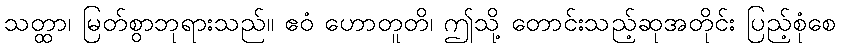
သတ္ထာ၊ မြတ်စွာဘုရားသည်။ ဧဝံ ဟောတူတိ၊ ဤသို့ တောင်းသည့်ဆုအတိုင်း ပြည့်စုံစေ